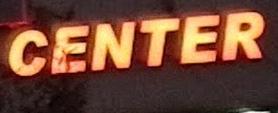
center